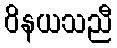
ဝိနယသညီ